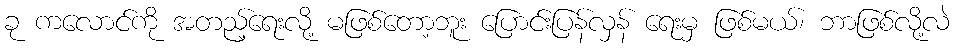
ခု ကလောင်ကို အတည့်ရေးလို့ မဖြစ်တော့ဘူး ပြောင်းပြန်လှန် ရေးမှ ဖြစ်မယ်၊ ဘာဖြစ်လို့လဲ